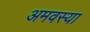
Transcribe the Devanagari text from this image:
अमवस्या